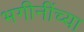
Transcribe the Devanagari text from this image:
भगीनींच्या